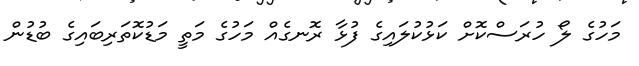
މަހުގެ ލޯ ހުރަސްކޮށް ކަޅުކުލައިގެ ފުޅާ ރޮނގެއް މަހުގެ މަތީ މަޑުކޮތަރިބައިގެ ބުޑުން